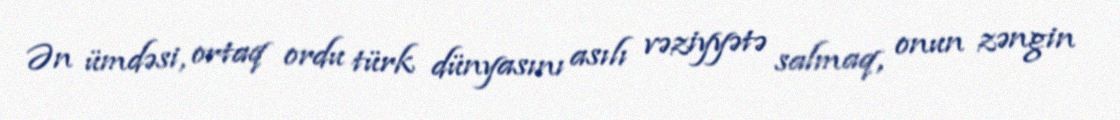
Ən ümdəsi, ortaq ordu türk dünyasını asılı vəziyyətə salmaq, onun zəngin